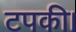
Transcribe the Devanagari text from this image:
टपकी।